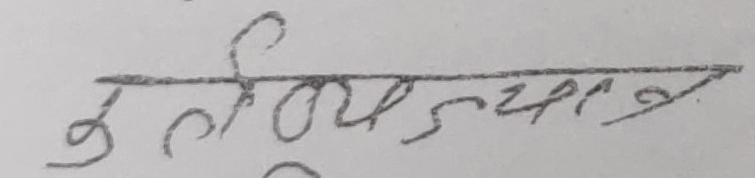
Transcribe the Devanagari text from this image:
कलियरगाग